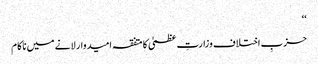
‘‘
حزبِ اختلاف وزارتِ عظمیٰ کا متفقہ امیدوار لانے میں ناکام